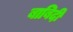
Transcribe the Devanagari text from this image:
बाबिदी